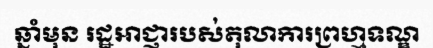
ឆ្នាំមុន រដ្ឋអាជ្ញារបស់តុលាការព្រហ្មទណ្ឌ